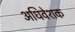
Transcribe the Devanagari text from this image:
अधिवेशक